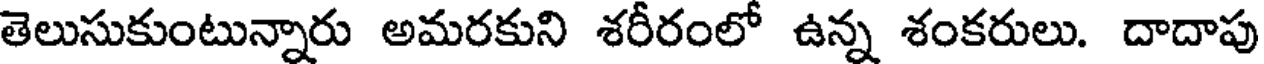
తెలుసుకుంటున్నారు అమరకుని శరీరంలో ఉన్న శంకరులు. దాదాపు